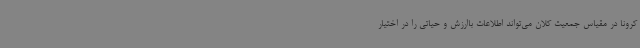
کرونا در مقیاس جمعیت کلان می‌تواند اطلاعات باارزش و حیاتی را در اختیار